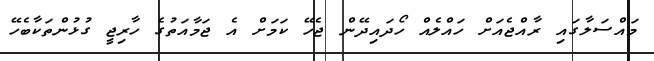
މައްސަލާގައި ރާއްޖެއަށް ހައްލެއް ހޯދައިދޭން ޖެހޭ ކަމަށް އެ ޖަމާއަތުގެ ހާރިޖީ ގުޅުންތަކާބެހޭ